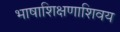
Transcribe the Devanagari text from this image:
भाषाशिक्षणाशिवय